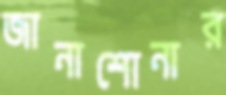
জানাশোনার